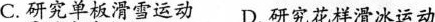
C.研究单板滑雪运动D.研究花样滑冰运动